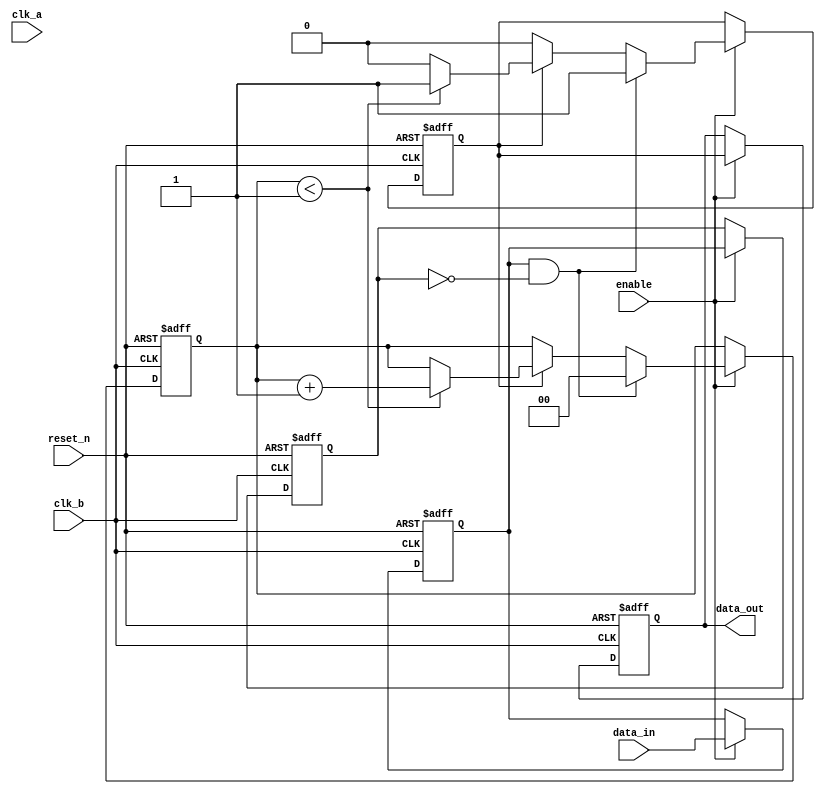
module pulsed_synchronizer #(
    parameter PULSE_WIDTH = 2 // Number of clk_b cycles for pulse width
)(
    input wire clk_a,          // Source clock
    input wire clk_b,          // Destination clock
    input wire reset_n,        // Asynchronous active-low reset
    input wire enable,         // Enable signal for synchronization
    input wire data_in,        // Input signal from clk_a domain
    output reg data_out        // Synchronized output signal in clk_b domain
);

    reg data_in_sync1;         // First stage of synchronization
    reg data_in_sync2;         // Second stage of synchronization
    reg pulse;                 // Pulse signal in clk_b domain
    reg [1:0] pulse_counter;   // Counter for pulse width

    // Synchronization process in clk_b domain
    always @(posedge clk_b or negedge reset_n) begin
        if (!reset_n) begin
            data_in_sync1 <= 1'b0;
            data_in_sync2 <= 1'b0;
            pulse <= 1'b0;
            pulse_counter <= 2'b00;
            data_out <= 1'b0;
        end else if (enable) begin
            // Capture data_in from clk_a domain
            data_in_sync1 <= data_in;
            data_in_sync2 <= data_in_sync1;

            // Generate pulse when data_in_sync1 transitions
            if (data_in_sync1 && !data_in_sync2) begin
                pulse <= 1'b1; // Start pulse
                pulse_counter <= 2'b00; // Reset pulse counter
            end else if (pulse) begin
                if (pulse_counter < PULSE_WIDTH - 1) begin
                    pulse_counter <= pulse_counter + 1; // Increment pulse counter
                end else begin
                    pulse <= 1'b0; // End pulse
                end
            end

            // Assign output based on pulse signal
            data_out <= pulse;
        end
    end

endmodule